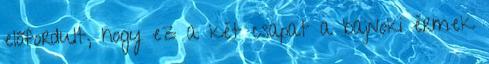
előfordult, hogy ez a két csapat a bajnoki érmek